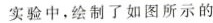
实验中，绘制了如图所示的